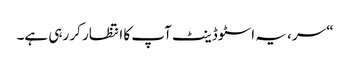
“ سر، یہ اسٹوڈینٹ آپ کا انتظار کر رہی ہے۔